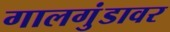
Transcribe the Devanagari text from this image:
गालगुंडावर